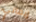
إيماني